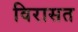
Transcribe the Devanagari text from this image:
विरासत